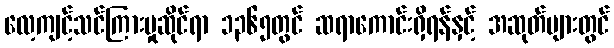
လေ့ကျင့်သင်ကြားမှုဆိုင်ရာ ၁၃၆၅တွင် ဆရာကောင်းရှိရန်နှင့် အဆုတ်များတွင်